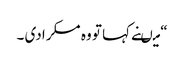
“ میںنے کہا تو وہ مسکرا دی ۔